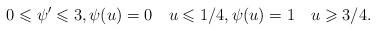
LaTeX: \begin{align*}0\leqslant \psi'\leqslant 3, \psi(u) = 0 \quad u\leqslant 1/4, \psi(u) = 1 \quad u\geqslant 3/4.\end{align*}